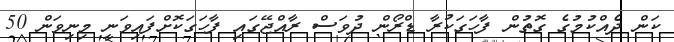
ކަން ދެއްކުމުގެ ގޮތުން ފާހަގަކުރާ ޑްރޯން ދުވަސް ރާއްޖޭގައި ފާހަގަކޮށްފައިވަނީ މިނިވަން 50